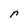
Character: n